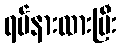
ရပ်နားထားပြီး